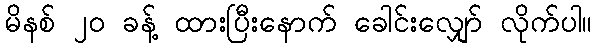
မိနစ် ၂၀ ခန့် ထားပြီးနောက် ခေါင်းလျှော် လိုက်ပါ။